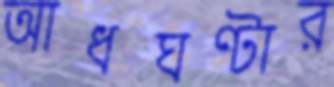
আধঘণ্টার